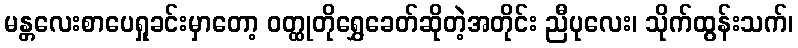
မန္တလေးစာပေရှုခင်းမှာတော့ ဝတ္ထုတိုရွှေခေတ်ဆိုတဲ့အတိုင်း ညီပုလေး၊ သိုက်ထွန်းသက်၊